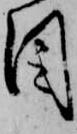
目